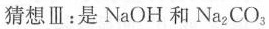
猜想Ⅲ：是N_{a}OH和N_{a2}CO _{3}